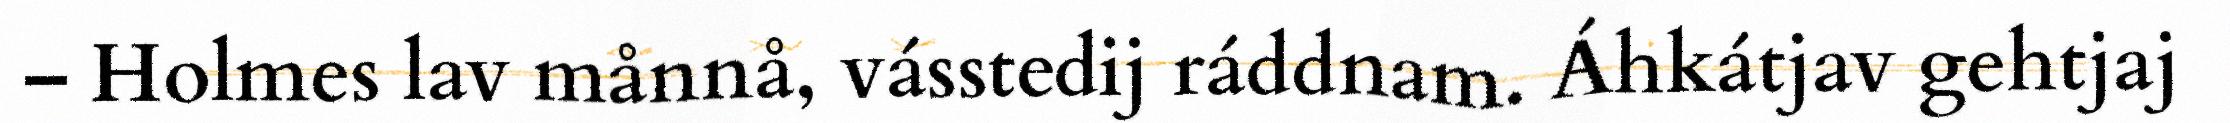
– Holmes lav månnå, vásstedij ráddnam. Áhkátjav gehtjaj